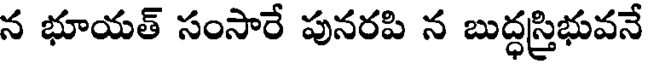
న భూయత్ సంసారే పునరపి న బుద్ధస్త్రిభువనే